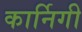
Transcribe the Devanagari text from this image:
कार्निगी